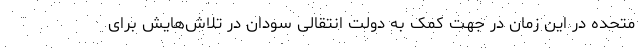
متحده در این زمان در جهت کمک به دولت انتقالی سودان در تلاش‌هایش برای